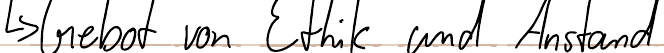
-> Gebot von Ethik und Anstand